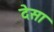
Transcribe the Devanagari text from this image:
देसा